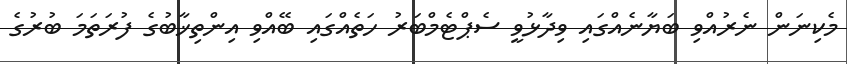
މެކިނަން ނެރުއްވި ބަޔާނެއްގައި ވިދާޅުވީ ސެޕްޓެމްބަރު ހަތެއްގައި ބޭއްވި އިންތިޚާބުގެ ފުރަތަމަ ބުރުގެ